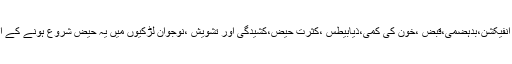
نامناسب جینیٹل ہائیجین،بیکٹیریل اورفنگل انفیکشن،بدہضمی،قبض ،خون کی کمی،ذیابیطس ،کثرت حیض،کشیدگی اور تشویش ،نوجوان لڑکیوں میں یہ حیض شروع ہونے کے ایک سال پہلے یاایک سال بعد ہوسکتا ہے ۔